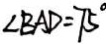
\angle B A D = 7 5 ^ { \circ }